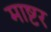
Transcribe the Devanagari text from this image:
माष्टर